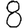
Digit: 8